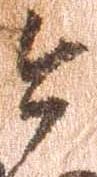
今